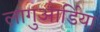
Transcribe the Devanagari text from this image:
लागुआर्डिया